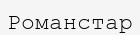
Романстар